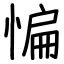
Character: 惼